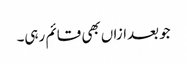
جو بعدازاں بھی قائم رہی۔